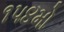
૧૫૪મો